Scottish Certificate of Education, 1962
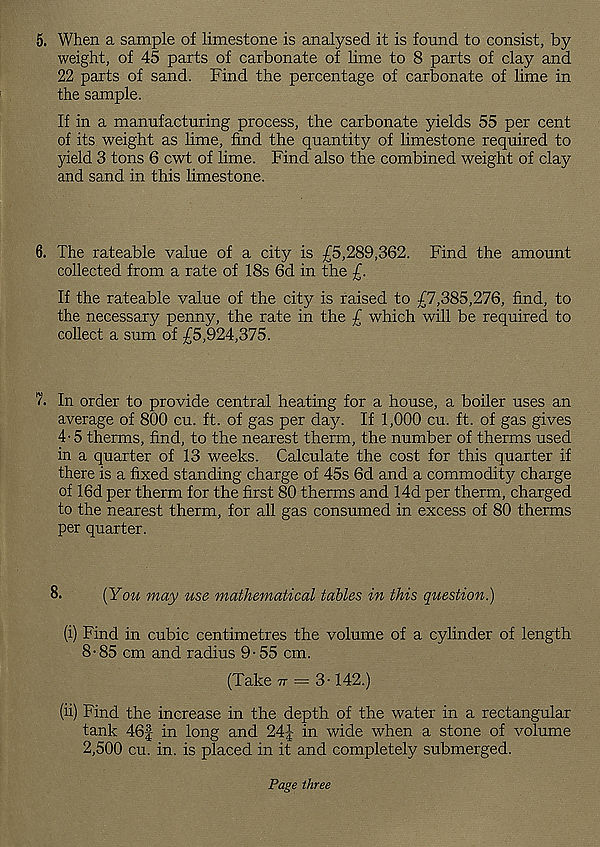
5. When a sample of limestone is analysed it is found to consist, by
weight, of 45 parts of carbonate of lime to 8 parts of clay and
22 parts of sand. Find the percentage of carbonate of lime in
the sample.
If in a manufacturing process, the carbonate yields 55 per cent
of its weight as lime, find the quantity of limestone required to
yield 3 tons 6 cwt of lime. Find also the combined weight of clay
and sand in this limestone.
6. The rateable value of a city is £5,289,362. Find the amount
collected from a rate of 18s 6d in the £.
If the rateable value of the city is raised to £7,385,276, find, to
the necessary penny, the rate in the £ which will be required to
collect a sum of £5,924,375.
In order to provide central heating for a house, a boiler uses an
average of 800 cu. ft. of gas per day. If 1,000 cu. ft. of gas gives
4-5 therms, find, to the nearest therm, the number of therms used
in a quarter of 13 weeks. Calculate the cost for this quarter if
there is a fixed standing charge of 45s 6d and a commodity charge
of 16d per therm for the first 80 therms and 14d per therm, charged
to the nearest therm, for all gas consumed in excess of 80 therms
per quarter.
8.
(You may use mathematical tables in this question.)
(i) Find in cubic centimetres the volume of a cylinder of length
8-85 cm and radius 9-55 cm.
(Take tt = 3-142.)
(ii) Find the increase in the depth of the water in a rectangular
tank 46f in long and 24J in wide when a stone of volume
2,500 cu. in. is placed in it and completely submerged.
Page three